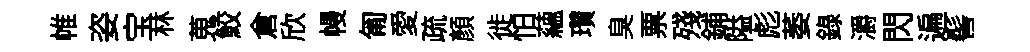
帷姿宝林蒐鮫倉欣幔匍愛疏顏徙怕蘊瓚臭票殘鋪隘彪萎録灂閃遍髻